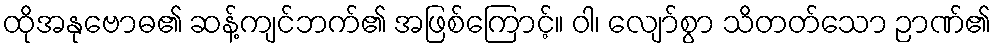
ထိုအနုဗောဓ၏ ဆန့်ကျင်ဘက်၏ အဖြစ်ကြောင့်။ ဝါ၊ လျော်စွာ သိတတ်သော ဉာဏ်၏